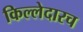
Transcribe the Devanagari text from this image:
किल्लेदारच